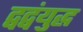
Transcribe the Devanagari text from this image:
द्वद्वंयुद्ध